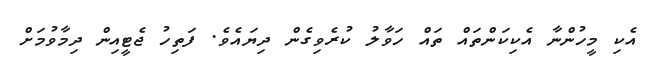
އެކި މީހުންނާ އެކިކަންތައް ތައް ހަވާލު ކުރެވިގެން ދިޔައެވެ. ފަތިހު ޖެޓީއިން ދިމާވުމަށް